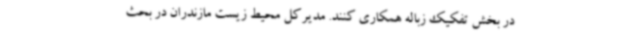
در بخش تفکیک زباله همکاری کنند. مدیرکل محیط زیست مازندران در بحث